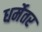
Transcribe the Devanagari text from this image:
धर्मेतर